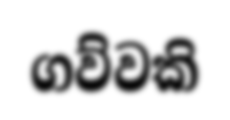
ගව්වකි